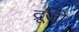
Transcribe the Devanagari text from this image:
द्रूजो